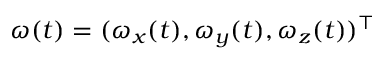
\boldsymbol { \omega } ( t ) = ( \omega _ { x } ( t ) , \omega _ { y } ( t ) , \omega _ { z } ( t ) ) ^ { \top }